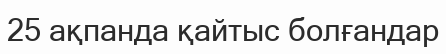
25 ақпанда қайтыс болғандар